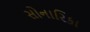
સોનારિકા